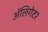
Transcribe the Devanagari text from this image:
अॅलिगेटर